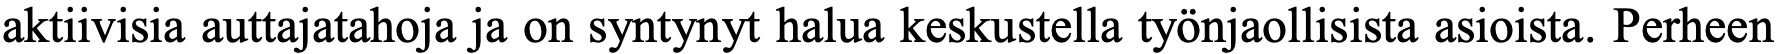
aktiivisia auttajatahoja ja on syntynyt halua keskustella työnjaollisista asioista. Perheen